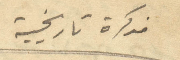
مذكرة تاريخية